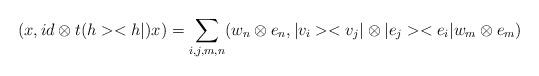
LaTeX: \begin{align*} (x, id \otimes t (h><h|) x ) = \sum_{i,j,m,n} (w_n \otimes e_n, |v_i><v_j| \otimes |e_j><e_i| w_m \otimes e_m) \end{align*}